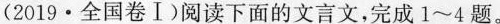
（2019·全国卷Ⅰ）阅读下面的文言文，完成1~4题。